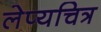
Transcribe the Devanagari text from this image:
लेप्यचित्र